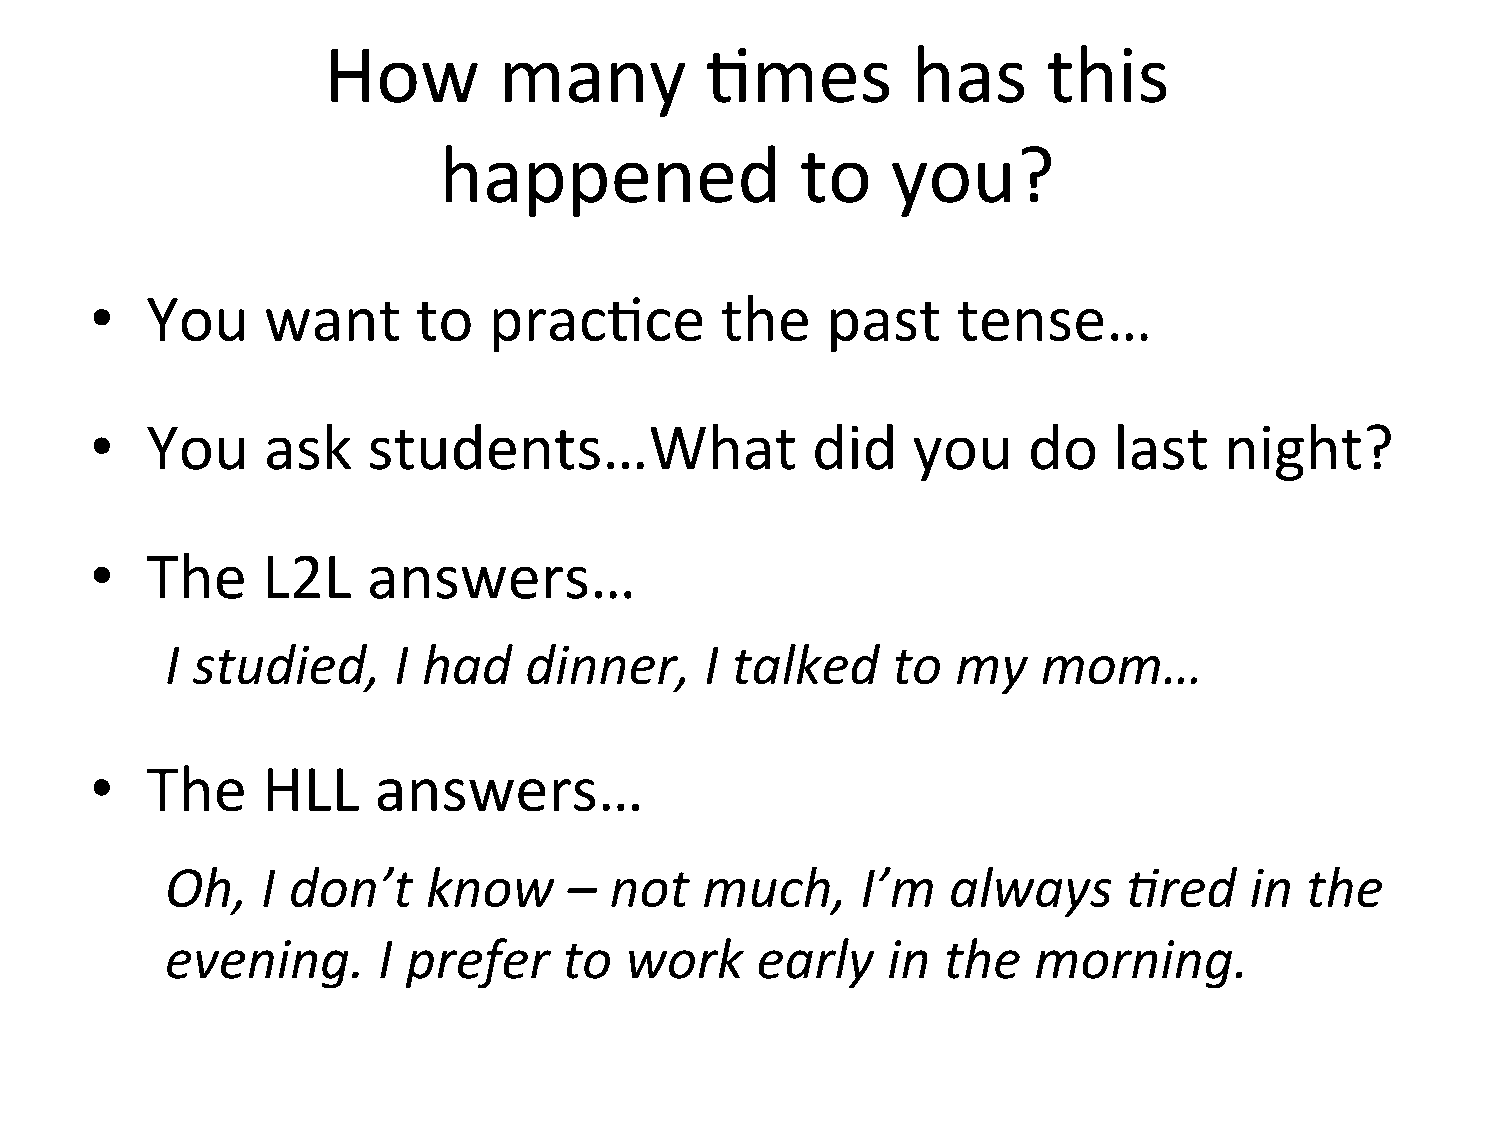
How         many          =mes         has      this
 happened                to    you?
 •   You    want       to  prac=ce         the    past    tense…
 •   You    ask    students…What                 did   you     do    last   night?
 •   The    L2L    answers…
 I studied,     I had    dinner,     I talked    to  my    mom…
 •   The    HLL     answers…
 Oh,   I don’t    know      – not   much,      I’m   always      (red    in the
 evening.      I prefer    to  work     early    in the   morning.